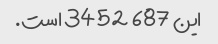
این 687 3452 است.